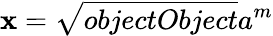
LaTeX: \mathbf{x}={\sqrt{{{objectObject}}}{{a^{m}}}}